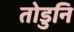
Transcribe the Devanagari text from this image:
तोडुनि